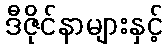
ဒီဇိုင်နာများနှင့်